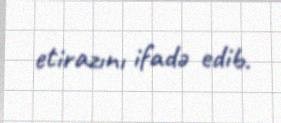
etirazını ifadə edib.